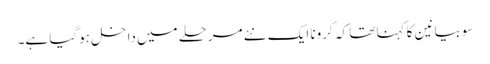
سوبیانین کا کہنا تھا کہ کرونا ایک نئے مرحلے میں داخل ہوگیا ہے۔